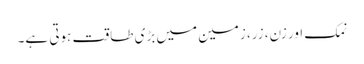
نمک اور زن، زر، زمین میں بڑی طاقت ہوتی ہے۔